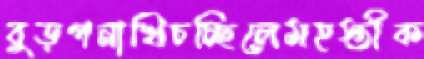
বুড়পনাখিচচ্ছিলেমহস্তীক